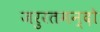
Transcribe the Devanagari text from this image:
जरुरतमन्दो